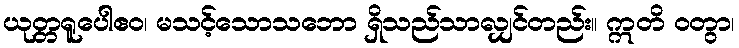
ယုတ္တရူပေါဧဝ၊ မသင့်သောသဘော ရှိသည်သာလျှင်တည်း။ ဣတိ ဝတွာ၊